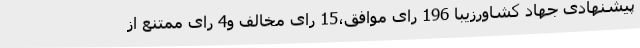
پیشنهادی جهاد کشاورزیبا 196 رای موافق،15 رای مخالف و4 رای ممتنع از